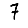
Digit: 7